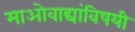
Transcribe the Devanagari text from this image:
माओवाद्यांविषयी